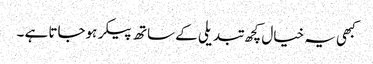
کبھی یہ خیال کچھ تبدیلی کے ساتھ پیکر ہوجاتا ہے ۔